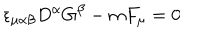
\epsilon _ { \mu \alpha \beta } D ^ { \alpha } G ^ { \beta } - m F _ { \mu } = 0